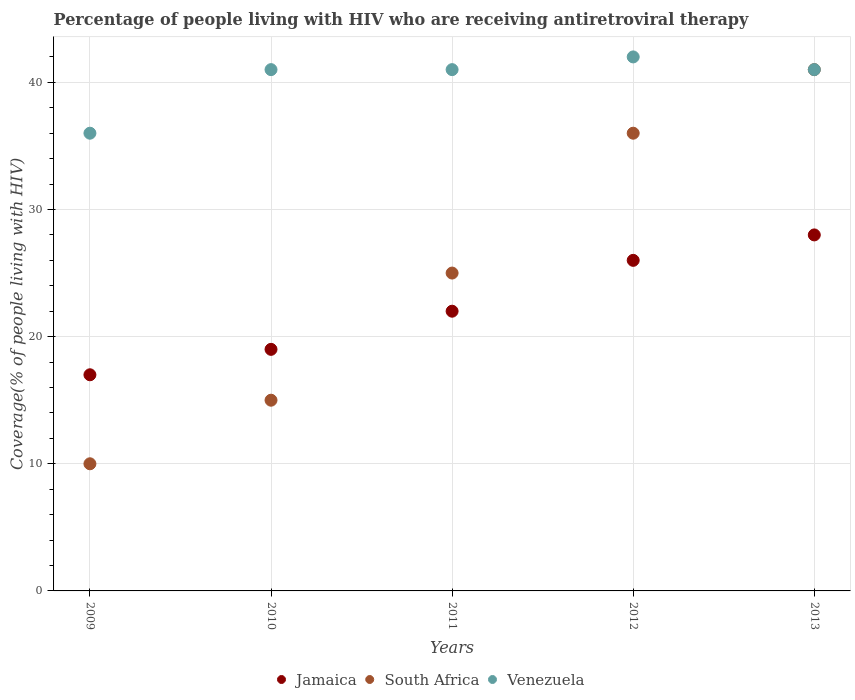
| Years | Jamaica | South Africa | Venezuela |
 | --- | --- | --- | --- |
 | 2009 | 17 | 10 | 36 |
 | 2010 | 19 | 15 | 41 |
 | 2011 | 22 | 25 | 41 |
 | 2012 | 26 | 36 | 42 |
 | 2013 | 28 | 41 | 41 |